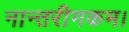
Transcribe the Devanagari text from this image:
नान्तरीगकम।